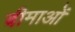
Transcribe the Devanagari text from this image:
बीमाओं